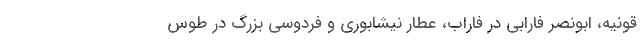
قونیه، ابونصر فارابی در فاراب، عطار نیشابوری و فردوسی بزرگ در طوس